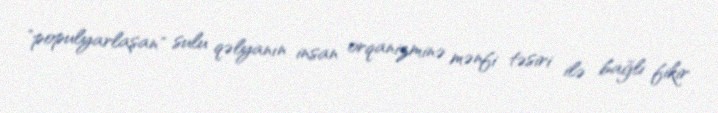
"populyarlaşan" sulu qəlyanın insan orqanizminə mənfi təsiri ilə bağlı fikir